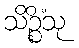
သိဉ္စိံသု